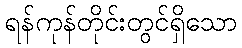
ရန်ကုန်တိုင်းတွင်ရှိသော